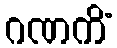
ဂဏကိံ